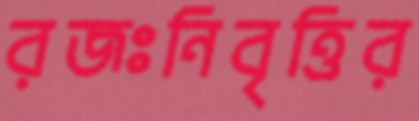
রজঃনিবৃত্তির